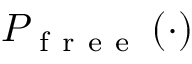
P _ { \mathrm { ~ f ~ r ~ e ~ e ~ } } \left( \cdot \right)